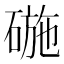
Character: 𮵗